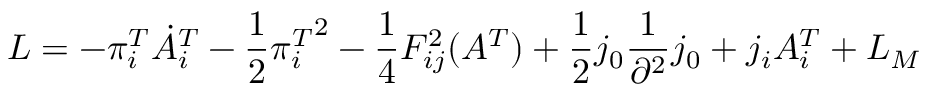
{ \cal L } = - \pi _ { i } ^ { T } \dot { A } _ { i } ^ { T } - \frac { 1 } { 2 } { \pi _ { i } ^ { T } } ^ { 2 } - \frac { 1 } { 4 } F _ { i j } ^ { 2 } ( A ^ { T } ) + \frac { 1 } { 2 } j _ { 0 } \frac { 1 } { \partial ^ { 2 } } j _ { 0 } + j _ { i } A _ { i } ^ { T } + { \cal L } _ { M }